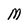
Character: M